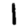
Digit: 1